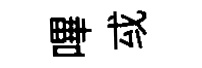
嗶㦯